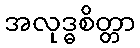
အလုဒ္ဓစိတ္တာ